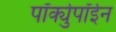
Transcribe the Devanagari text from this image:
पॉर्क्युपॉईन